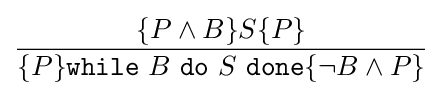
{\dfrac {\{P\wedge B\}S\{P\}}{\{P\}{\texttt {while}}\ B\ {\texttt {do}}\ S\ {\texttt {done}}\{\neg B\wedge P\}}}